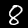
Digit: 8